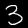
Label: 3